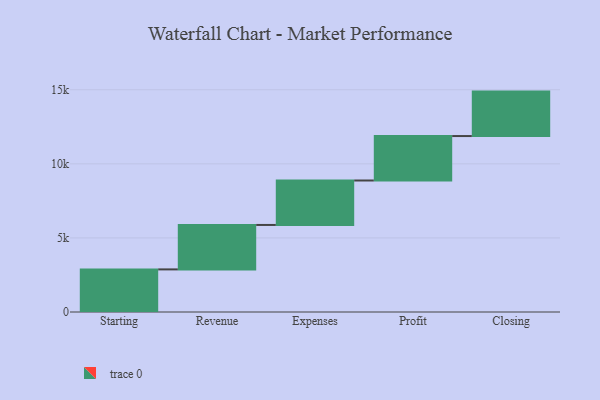
{"axis": {"x": "Step", "y": "Value"}, "legend": [""], "data": [{"x": "Starting", "y": 2875.0, "type": ""}, {"x": "Revenue", "y": 3000, "type": ""}, {"x": "Expenses", "y": 3000, "type": ""}, {"x": "Profit", "y": 3000, "type": ""}, {"x": "Closing", "y": 3000, "type": ""}]}